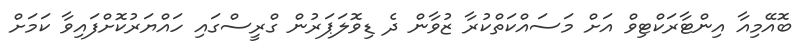
ބޮއޭމިއާ އިންޓާރަކްޓިވް އަށް މަސައްކަތްކުރާ ޒުވާން ދެ ޑިވޮލަޕަރުން ގްރީސްގައި ހައްޔަރުކޮށްފައިވާ ކަމަށް